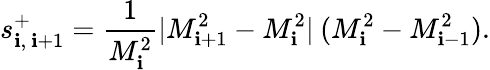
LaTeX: s_{\mathbf{i},\ \mathbf{i}+1}^{+}=\frac{{1}}{{M_{\mathbf{i}}^{2}}}|M_{\mathbf{i}+1}^{2}-M_{\mathbf{i}}^{2}|\: (M_{\mathbf{i}}^{2}-M_{\mathbf{i}-1}^{2}).